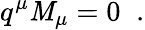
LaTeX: q^{\mu}{\cal\mathit{M}}_{\mu}=0\; \; .